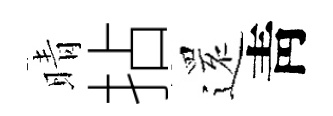
晴拈𮟃靑